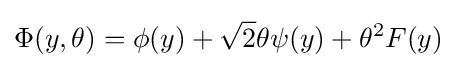
\Phi (y,\theta )=\phi (y)+{\sqrt {2}}\theta \psi (y)+\theta ^{2}F(y)